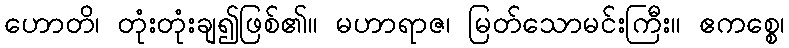
ဟောတိ၊ တုံးတုံးချ၍ဖြစ်၏။ မဟာရာဇ၊ မြတ်သောမင်းကြီး။ ဧကစ္စေ၊